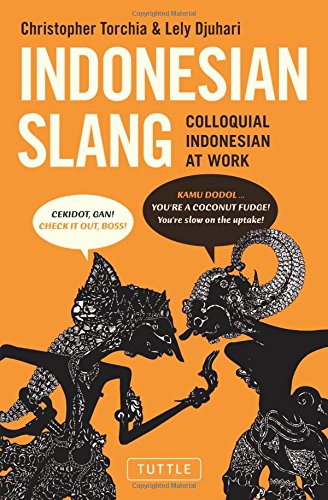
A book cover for Indonesian Slang: Colloquial Indonesian at Work; Christopher Torchia; Reference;